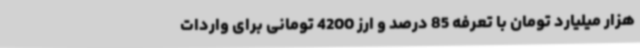
هزار میلیارد تومان با تعرفه 85 درصد و ارز 4200 تومانی برای واردات